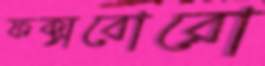
ফক্সবোরো